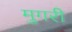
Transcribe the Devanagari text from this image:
मुगरी